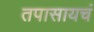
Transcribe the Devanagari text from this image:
तपासायचं